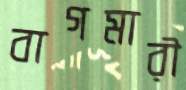
বাগমারী